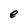
Character: e